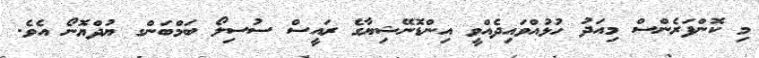
މި ކޮންފަރެންސް މިއަދު ހުޅުއްވައިދެއްވީ އިންޑޮނޭޝިޔާގެ ރައީސް ސުސިލޯ ބަމްބަންގ ޔުދްޔޮނޯ އެވެ.